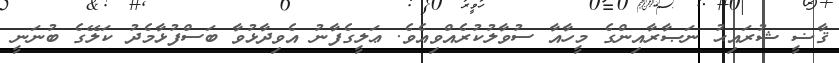
ޤާޟީ ޝުރައިޙު ނަޞާރާއިންގެ މީހާއާ ސުވާލުކުރެއްވިއެވެ. ޢަލީގެފާނު އެވިދާޅުވާ ބަސްފުޅާމެދު ކަލޭގެ ބުނަނީ